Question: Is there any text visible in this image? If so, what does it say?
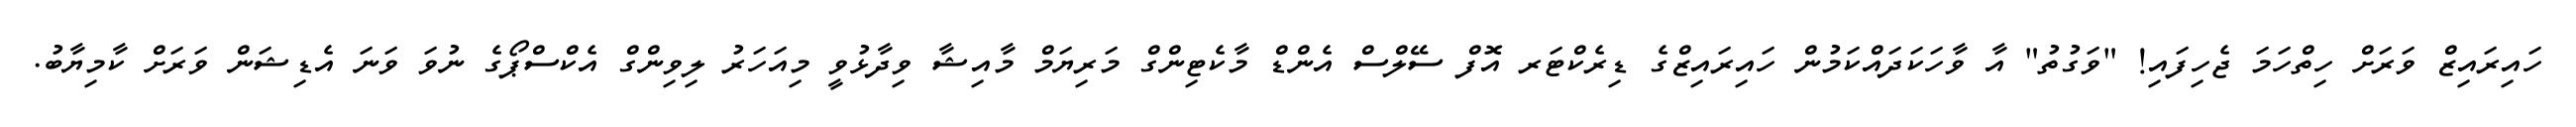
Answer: ހައިރައިޒް ވަރަށް ހިތްހަމަ ޖެހިފައި! "ވަގުތު" އާ ވާހަކަދައްކަމުން ހައިރައިޒްގެ ޑިރެކްޓަރ އޮފް ސޭލްސް އެންޑް މާކެޓިންގް މަރިޔަމް މާއިޝާ ވިދާޅުވީ މިއަހަރު ލިވިންގް އެކްސްޕޯގެ ނުވަ ވަނަ އެޑިޝަން ވަރަށް ކާމިޔާބު.